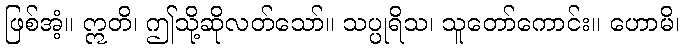
ဖြစ်အံ့။ ဣတိ၊ ဤသို့ဆိုလတ်သော်။ သပ္ပုရိသ၊ သူတော်ကောင်း။ ဟောမိ၊